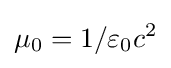
\mu _{0}=1/\varepsilon _{0}c^{2}